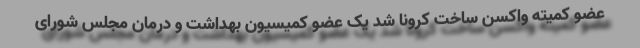
عضو کمیته واکسن ساخت کرونا شد یک عضو کمیسیون بهداشت و درمان مجلس شورای